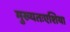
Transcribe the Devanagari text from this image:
मुख्यतःएशिया